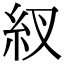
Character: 紁